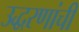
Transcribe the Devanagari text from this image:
उद्धरणांची